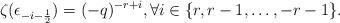
LaTeX: \begin{align*}\zeta(\epsilon_{-i - \frac{1}{2}}) = (-q)^{-r+i}, \forall i \in \{ r, r-1, \ldots, -r-1 \}.\end{align*}